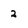
Character: 2